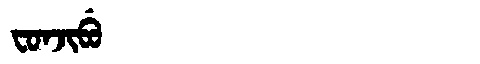
Manchu: ᠸᠣᠨᠵᡳᠪᡠ
Romanization: FONJIBU